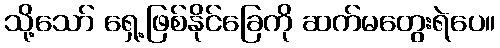
သို့သော် ရှေ့ဖြစ်နိုင်ခြေကို ဆက်မတွေးရဲပေ။